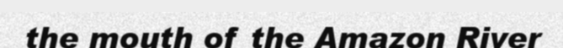
the mouth of the Amazon River